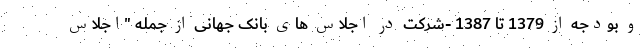
و بودجه از 1379 تا 1387 -شرکت در اجلاس های بانک جهانی از جمله "اجلاس